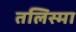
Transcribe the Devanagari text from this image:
तलिस्मा